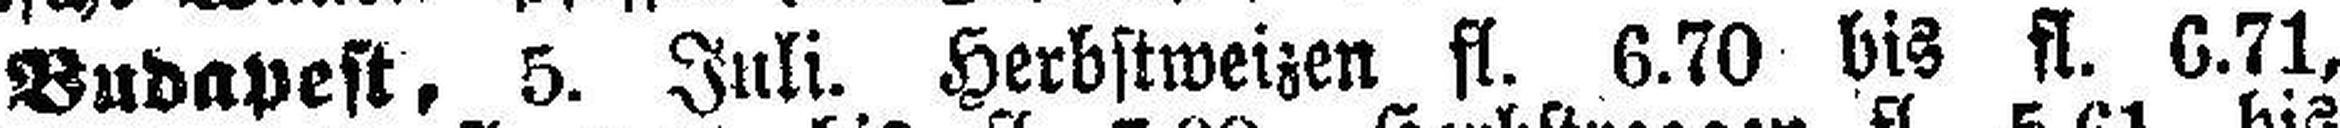
Budapest, 5. Juli. Herbstweizen fl. 6.70 bis fl. 6.71,